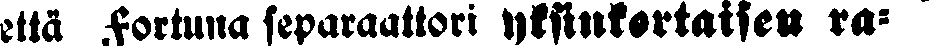
että Fortuna separaattori yksinkertaisen ra-